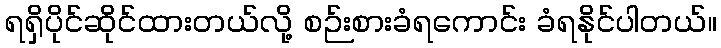
ရရှိပိုင်ဆိုင်ထားတယ်လို့ စဉ်းစားခံရကောင်း ခံရနိုင်ပါတယ်။